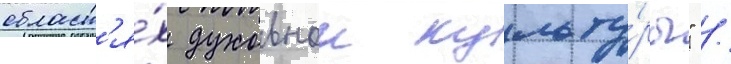
област'я́х духовнои культу́ры" /